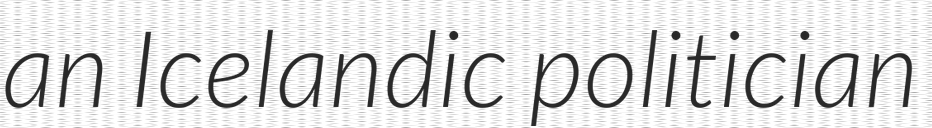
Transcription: an Icelandic politician